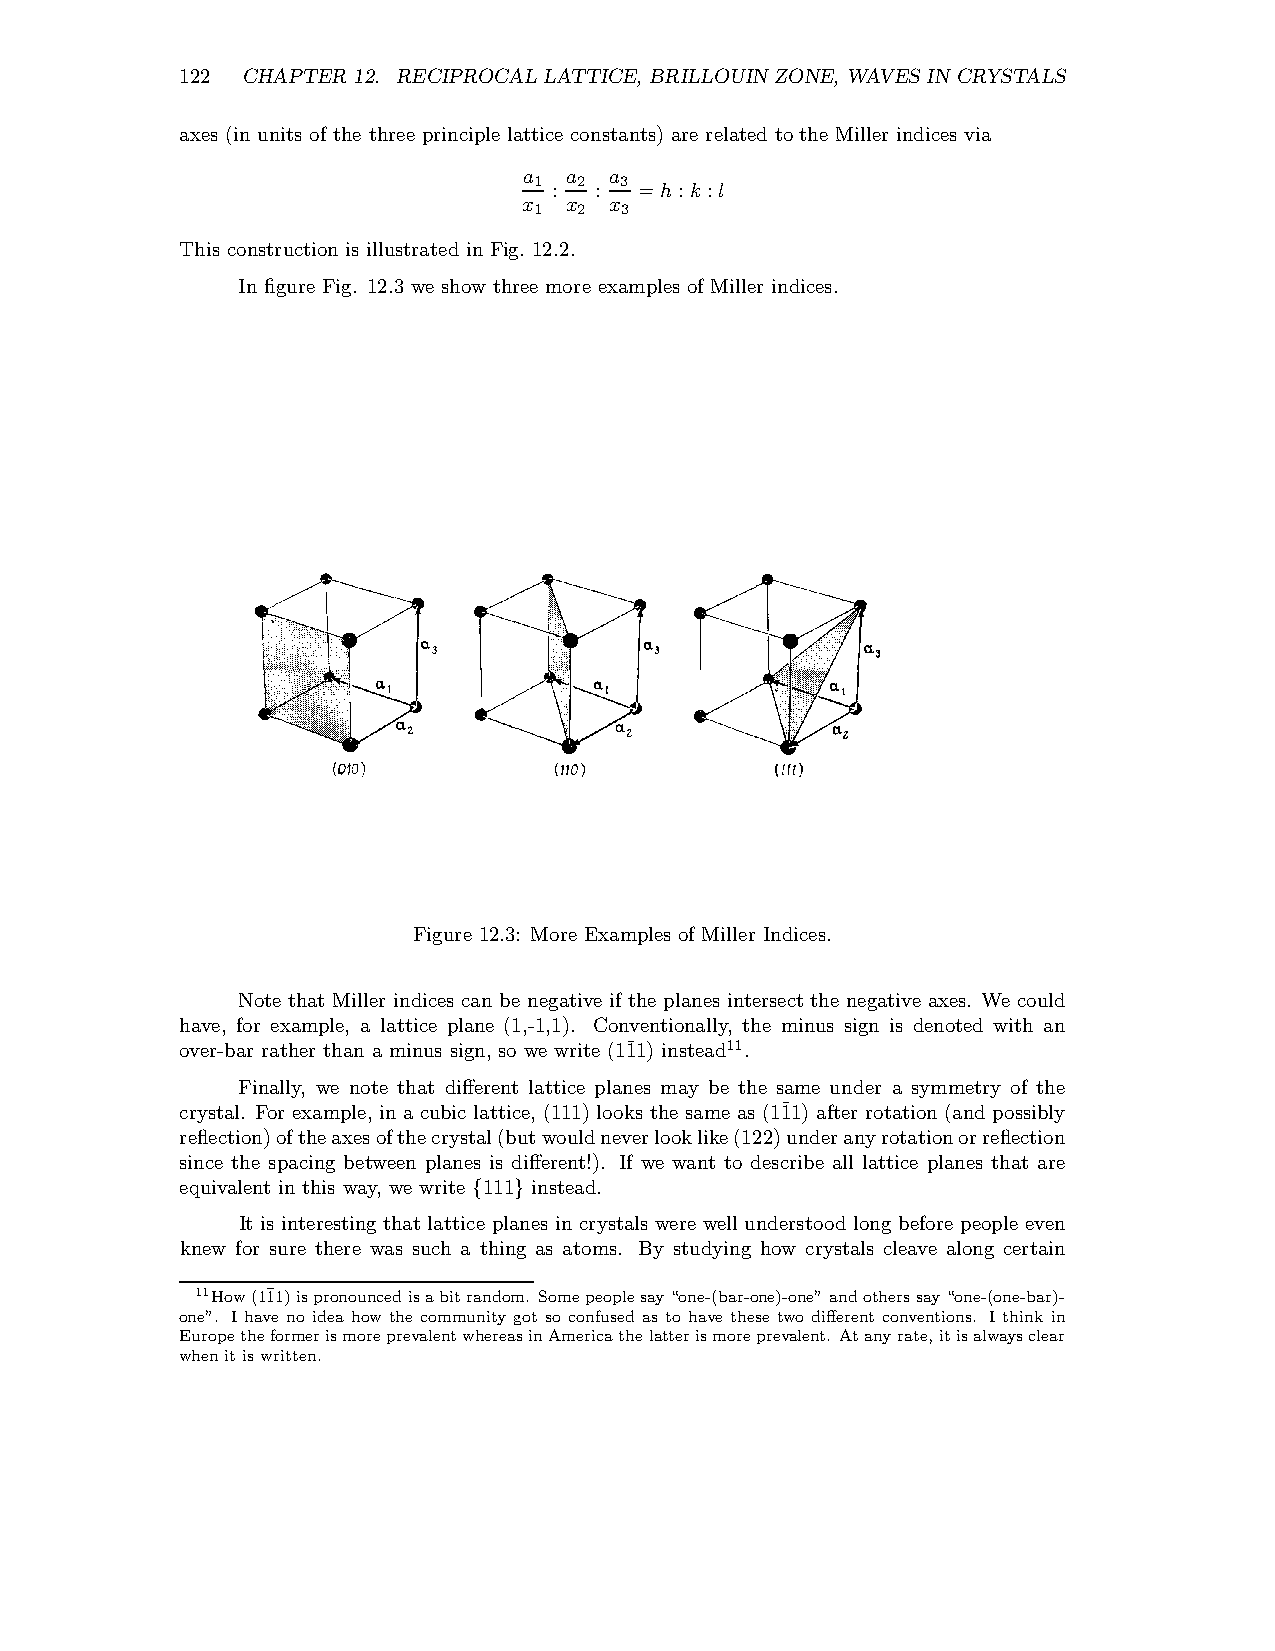
122 CHAPTER 12. RECIPROCAL LATTICE, BRILLOUIN ZONE, WAVES IN CRYSTALS
 axes (in units of the three principle lattice constants) are related to the Miller indices via
 a a  a
 1  2  3
 : :  =h:k :l
 x x  x
 1  2  3
 This construction is illustrated in Fig. 12.2.
 In figure Fig. 12.3 we show three more examples of Miller indices.
 Figure 12.3: More Examples of Miller Indices.
 Note that Miller indices can be negative if the planes intersect the negative axes. We could
 have, for example, a lattice plane (1,-1,1). Conventionally, the minus sign is denoted with an
 over-bar rather than a minus sign, so we write (1¯11) instead11.
 Finally, we note that different lattice planes may be the same under a symmetry of the
 crystal. For example, in a cubic lattice, (111)looks the same as (1¯11) after rotation(and possibly
 reflection)oftheaxesofthecrystal(butwouldneverlooklike(122)underanyrotationorreflection
 since the spacing between planes is different!). If we want to describe all lattice planes that are
 equivalent in this way, we write 111 instead.
 {  }
 It is interesting that lattice planes in crystals were well understood long before people even
 knew for sure there was such a thing as atoms. By studying how crystals cleave along certain
 11How(1¯11)ispronouncedisabitrandom. Somepeoplesay“one-(bar-one)-one”andotherssay“one-(one-bar)-
 one”. I have no idea how the community got so confused as to have these two different conventions. I think in
 EuropetheformerismoreprevalentwhereasinAmericathelatterismoreprevalent. Atanyrate,itisalwaysclear
 whenitiswritten.